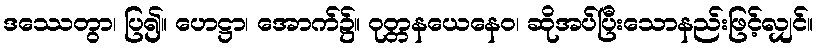
ဒဿေတွာ၊ ပြ၍။ ဟေဋ္ဌာ၊ အောက်၌။ ဝုတ္တနယေနေဝ၊ ဆိုအပ်ပြီးသောနည်းဖြင့်လျှင်။